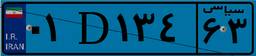
۰۱D۱۳۴۶۳